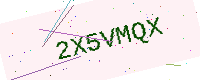
Text: 2X5VMQX